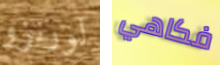
لورنزو فكاهي